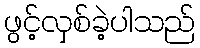
ဖွင့်လှစ်ခဲ့ပါသည်